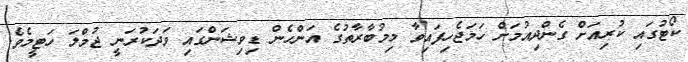
ކޯޓުގައި ކުރިއަށް ގެންދިއުމަށް ހަމަޖެހިފައިވާ މިމުބާރާތުގެ އަންހެން ޑިވިޝަންގައި ވަދަކުރަނީ ޖުމްލަ ހަޓީމެވެ.